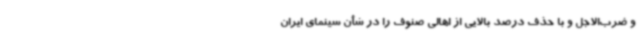
و ضرب‌الاجل و با حذف درصد بالایی از اهالی صنوف را در شأن سینمای ایران